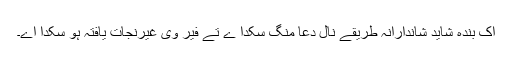
اِک بندہ شاید شاندارانہ طریقے نال دعا منگ سکدا ے تے فیر وی غیرنجات یافتہ ہو سکدا اے۔